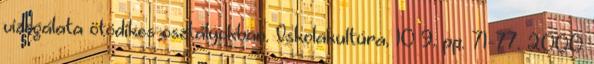
vizsgálata ötödikes osztályokban. Iskolakultúra, 10 9. pp. 71-77. 2000